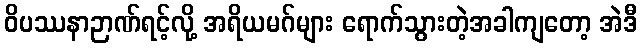
ဝိပဿနာဉာဏ်ရင့်လို့ အရိယမဂ်များ ရောက်သွားတဲ့အခါကျတော့ အဲဒီ